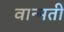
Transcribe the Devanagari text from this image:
वान्मती